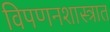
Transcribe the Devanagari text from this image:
विपणनशास्त्रात